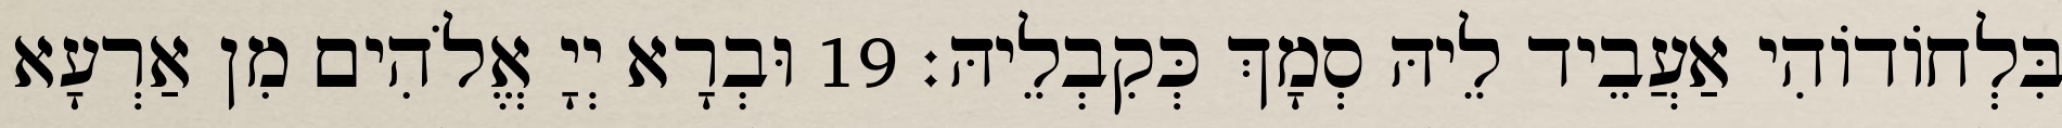
בִּלְחוֹדוֹהִי אַעֲבֵיד לֵיהּ סְמָךְ כְּקִבְלֵיהּ׃ 19 וּבְרָא יְיָ אֱלֹהִים מִן אַרְעָא